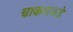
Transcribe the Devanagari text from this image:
चाकणकडे